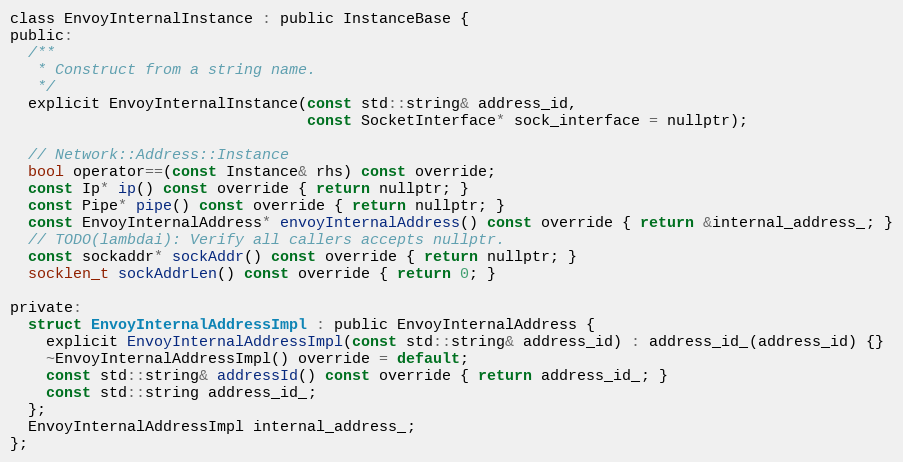
Language: C
class EnvoyInternalInstance : public InstanceBase {
public:
  /**
   * Construct from a string name.
   */
  explicit EnvoyInternalInstance(const std::string& address_id,
                                 const SocketInterface* sock_interface = nullptr);

  // Network::Address::Instance
  bool operator==(const Instance& rhs) const override;
  const Ip* ip() const override { return nullptr; }
  const Pipe* pipe() const override { return nullptr; }
  const EnvoyInternalAddress* envoyInternalAddress() const override { return &internal_address_; }
  // TODO(lambdai): Verify all callers accepts nullptr.
  const sockaddr* sockAddr() const override { return nullptr; }
  socklen_t sockAddrLen() const override { return 0; }

private:
  struct EnvoyInternalAddressImpl : public EnvoyInternalAddress {
    explicit EnvoyInternalAddressImpl(const std::string& address_id) : address_id_(address_id) {}
    ~EnvoyInternalAddressImpl() override = default;
    const std::string& addressId() const override { return address_id_; }
    const std::string address_id_;
  };
  EnvoyInternalAddressImpl internal_address_;
};